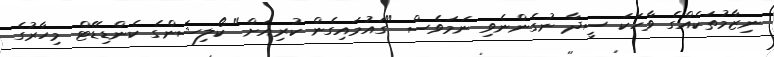
ނިޒާމުތަކެއްގެ ވާހަކަ ސީދާ ނުގެންނެވި ނަމަވެސް "ގައުމައިގެން ކުރިއަށް" ކޯލިޝަންގެ ކެންޑިޑޭޓް މިހާރުގެ